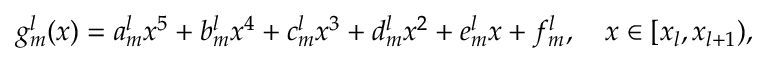
g _ { m } ^ { l } ( x ) = a _ { m } ^ { l } x ^ { 5 } + b _ { m } ^ { l } x ^ { 4 } + c _ { m } ^ { l } x ^ { 3 } + d _ { m } ^ { l } x ^ { 2 } + e _ { m } ^ { l } x + f _ { m } ^ { l } , \quad x \in [ x _ { l } , x _ { l + 1 } ) ,